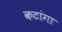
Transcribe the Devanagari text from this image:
कटांगा